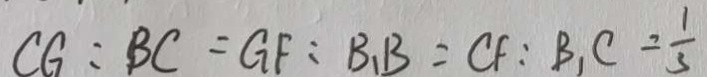
C G : B C = G F : B _ { 1 } B = C F : B _ { 1 } C = \frac { 1 } { 3 }